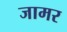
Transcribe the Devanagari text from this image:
जामर